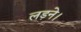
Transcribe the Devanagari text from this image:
लड़ने।